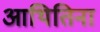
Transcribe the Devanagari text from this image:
आथितिना